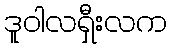
ဒူဝါလရှီးလက